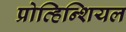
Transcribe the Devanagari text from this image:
प्रोव्हिन्शियल